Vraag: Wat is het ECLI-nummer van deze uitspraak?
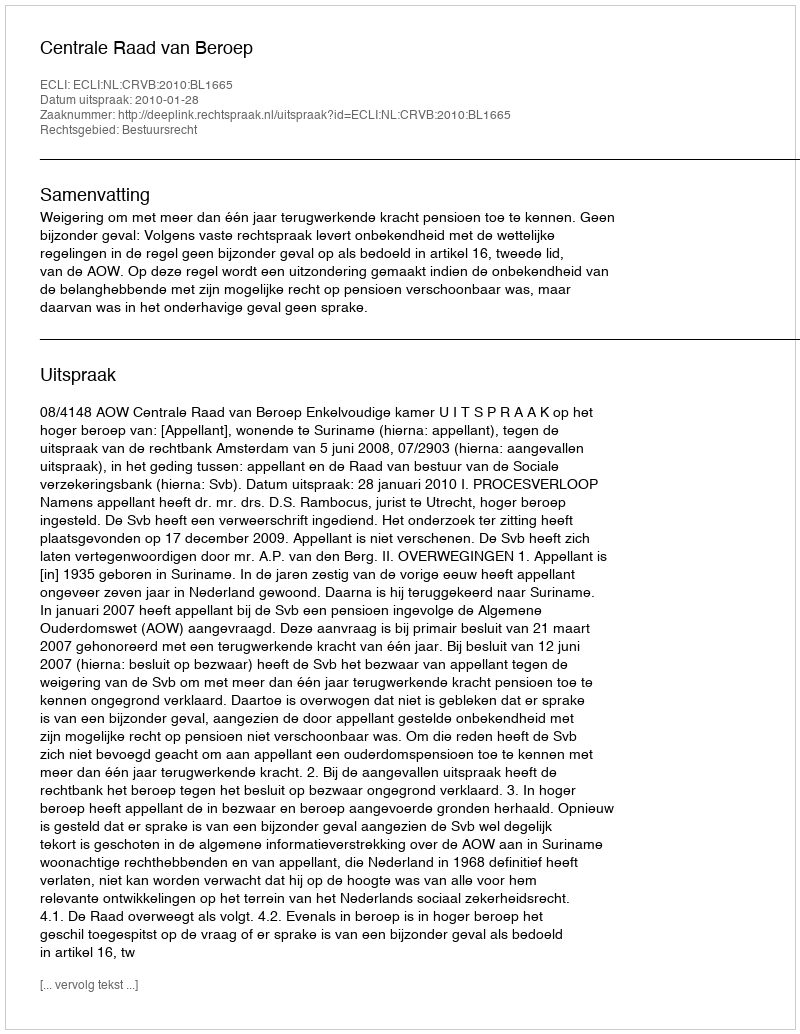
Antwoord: ECLI:NL:CRVB:2010:BL1665